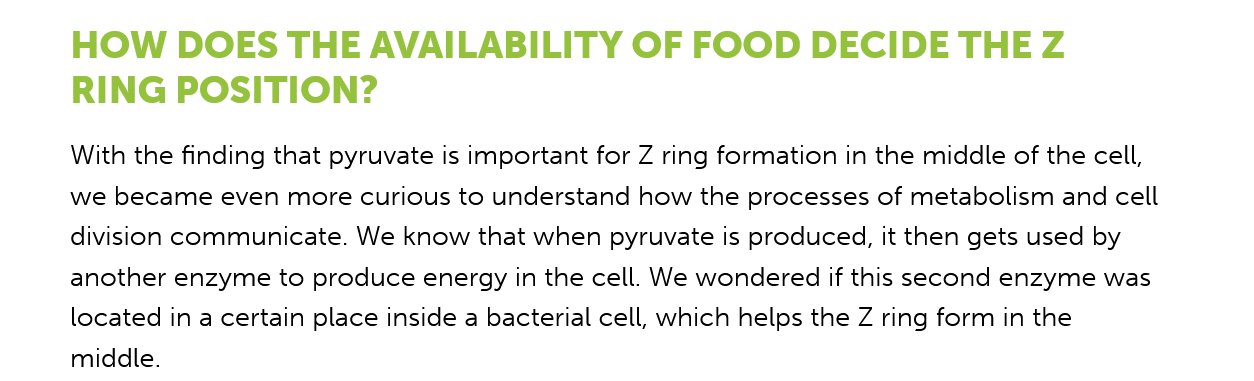
HOW    DOES  THE    AVAILABILITY    OF  FOOD    DECIDE    THE   Z
     RING   POSITION?
     With the finding that pyruvate is important for Z ring formation in the middle of the cell,
     we  became even more curious to understand how the processes of metabolism and cell
     division communicate. We know that when pyruvate is produced, it then gets used by
     another enzyme to produce energy in the cell. We wondered if this second enzyme was
     located in a certain place inside a bacterial cell, which helps the Z ring form in the
     middle.